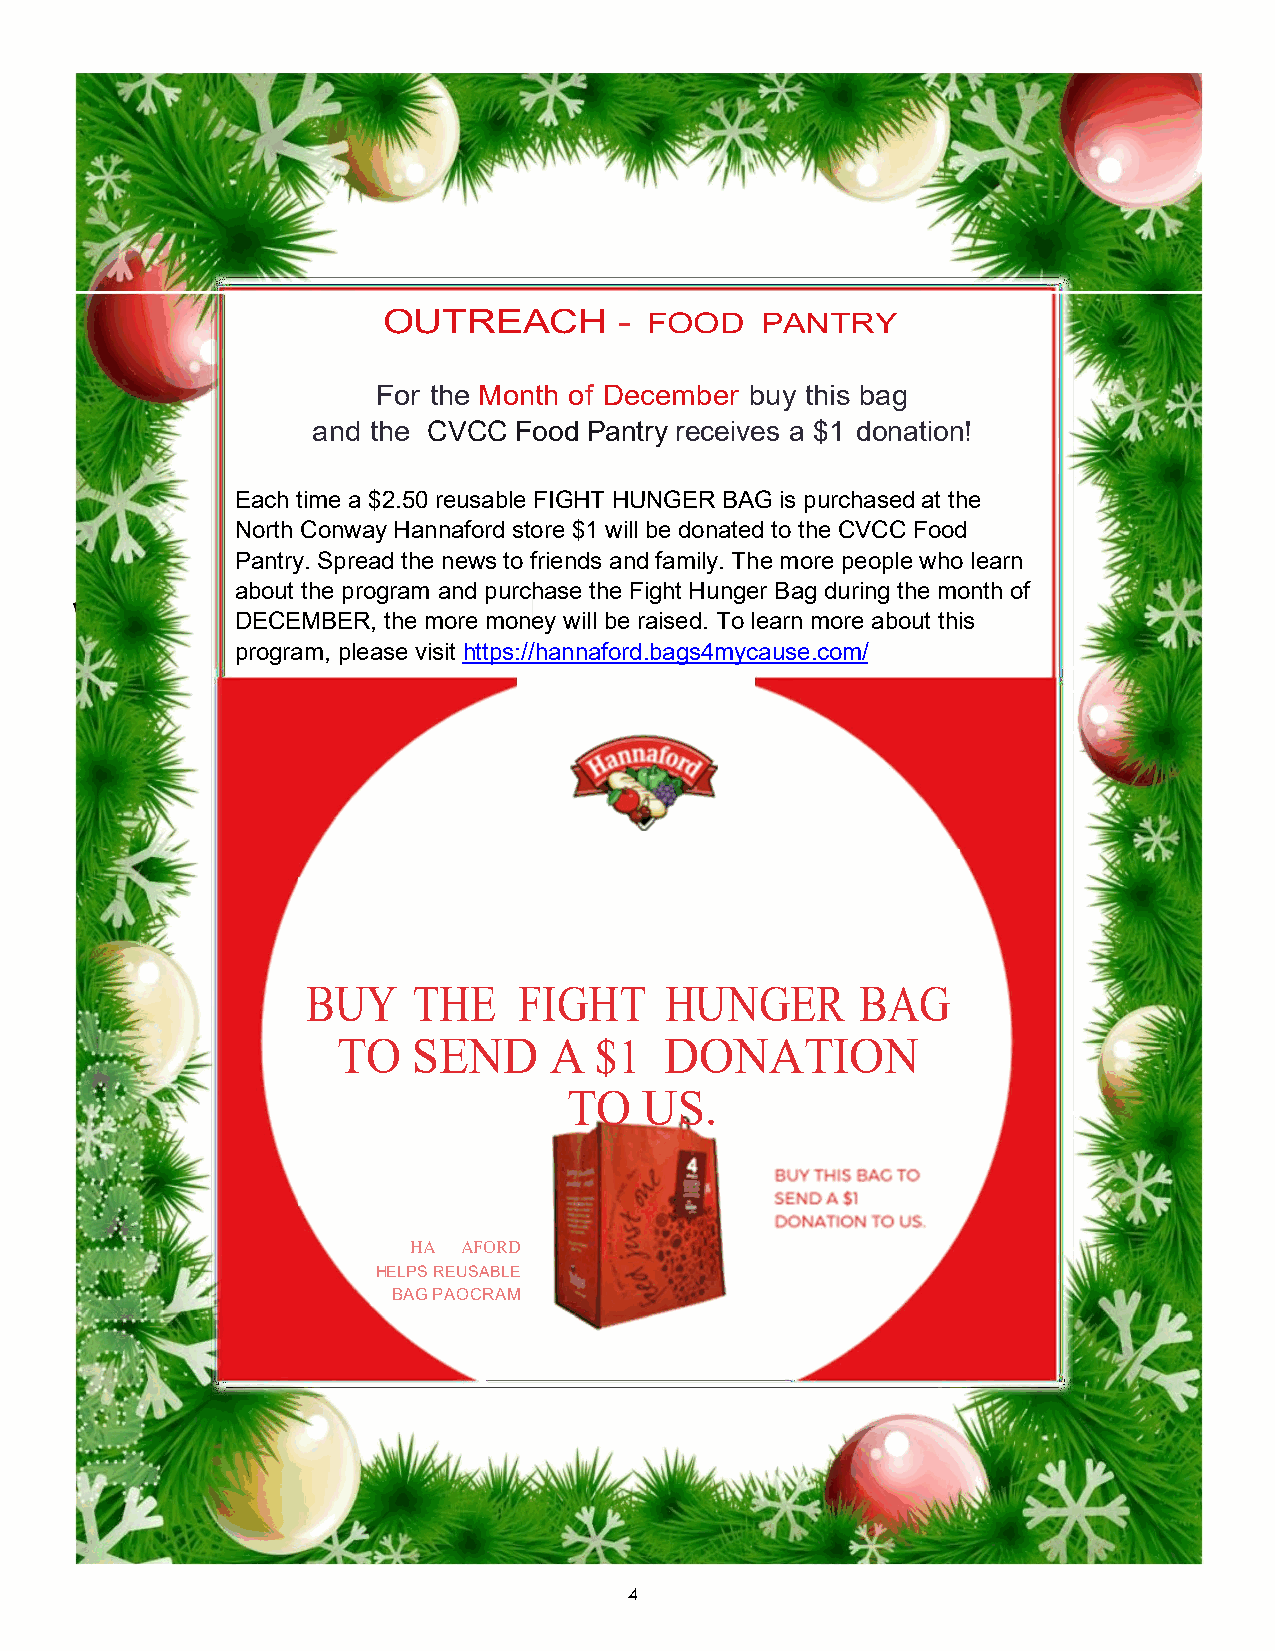
OUTREACH        - FOOD   PANTRY
 For the Month of December buy this bag
 and the CVCC Food Pantry receives a $1 donation!
 Each time a $2.50 reusable FIGHT HUNGER BAG is purchased at the
 North Conway Hannaford store $1 will be donated to the CVCC Food
 Pantry. Spread the news to friends and family. The more people who learn
 about the program and purchase the Fight Hunger Bag during the month of
 DECEMBER, the more money will be raised. To learn more about this
 program, please visit https://hannaford.bags4mycause.com/
 BUY    THE    FIGHT     HUNGER       BAG
 TO   SEND     A  $1   DONATION
 TO   US.
 HA  AFORD
 HELPS REUSABLE
 BAG PAOCRAM
 4